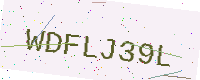
Text: WDFLJ39L